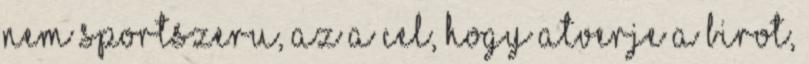
nem sportszeru, az a cel, hogy atverje a birot,